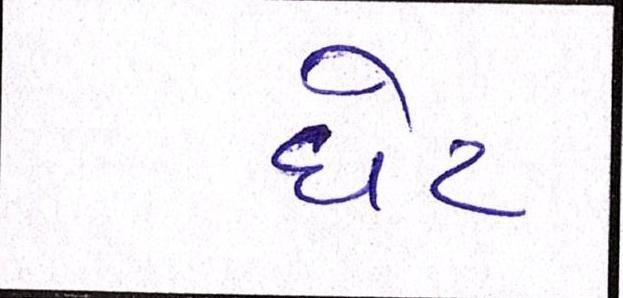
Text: ધેટ